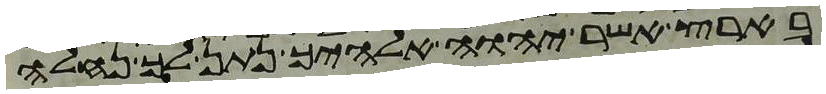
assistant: בארץ אשר יהוה אלהיך נתן לך נחלה